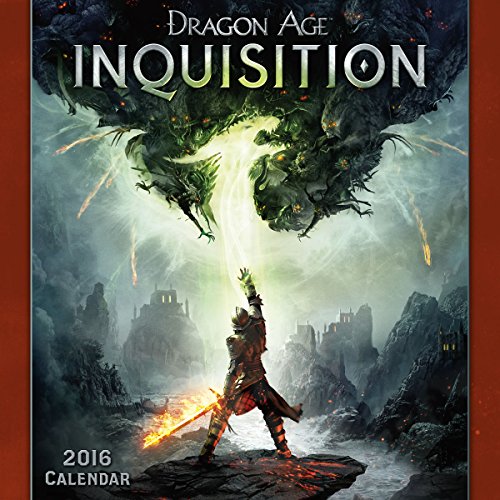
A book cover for Dragon Age Inquisition 2016 Wall Calendar; BioWare; Calendars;